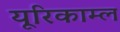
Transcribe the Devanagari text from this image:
यूरिकाम्ल